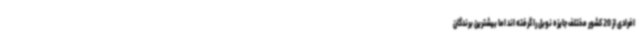
افرادی از 20 کشور مختلف جایزه نوبل را گرفته اند اما بیشترین برندگان